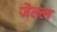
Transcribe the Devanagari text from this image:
जेल्ल